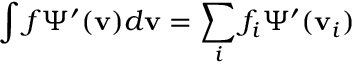
\int f \Psi ^ { \prime } ( \mathbf { v } ) d \mathbf { v } = \sum _ { i } f _ { i } \Psi ^ { \prime } ( \mathbf { v } _ { i } )